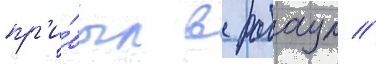
пр'и́был в рабаул //